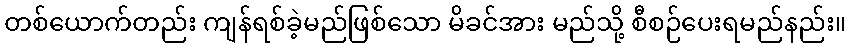
တစ်ယောက်တည်း ကျန်ရစ်ခဲ့မည်ဖြစ်သော မိခင်အား မည်သို့ စီစဉ်ပေးရမည်နည်း။